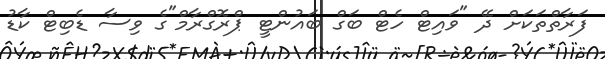
ފަރާތްތަކަށް ދޭ "ވައިޓް ހެޓް ބަގް ބައުންޓީ ޕްރޮގްރާމް"ގެ ވިސާ ޑެބިޓް ކާޑު